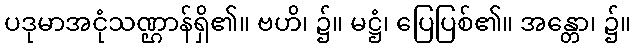
ပဒုမာအငုံသဏ္ဌာန်ရှိ၏။ ဗဟိ၊ ၌။ မဋ္ဌံ၊ ပြေပြစ်၏။ အန္တော၊ ၌။